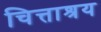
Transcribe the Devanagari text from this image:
चित्ताश्रय